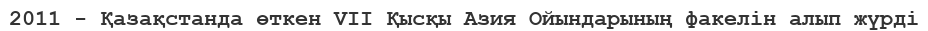
2011 - Қазақстанда өткен VII Қысқы Азия Ойындарының факелін алып жүрді